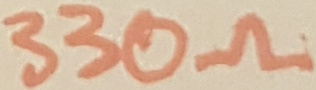
Text: 330Ω